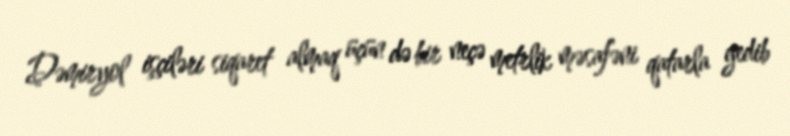
Dəmiryol işçiləri siqaret almaq üçün də bir neçə metrlik məsafəni qatarla gedib